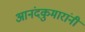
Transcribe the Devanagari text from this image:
आनंदकुमारांनी